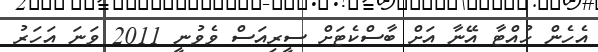
އެހެން ހުއްޓާ އޭނާ އަށް ބާސްކެޓަށް ސީރިއަސް ވެވުނީ 2011 ވަނަ އަހަރު